Plague in India, 1896, 1897 - Volume 2
Year: 1896
Disease focus: Plague
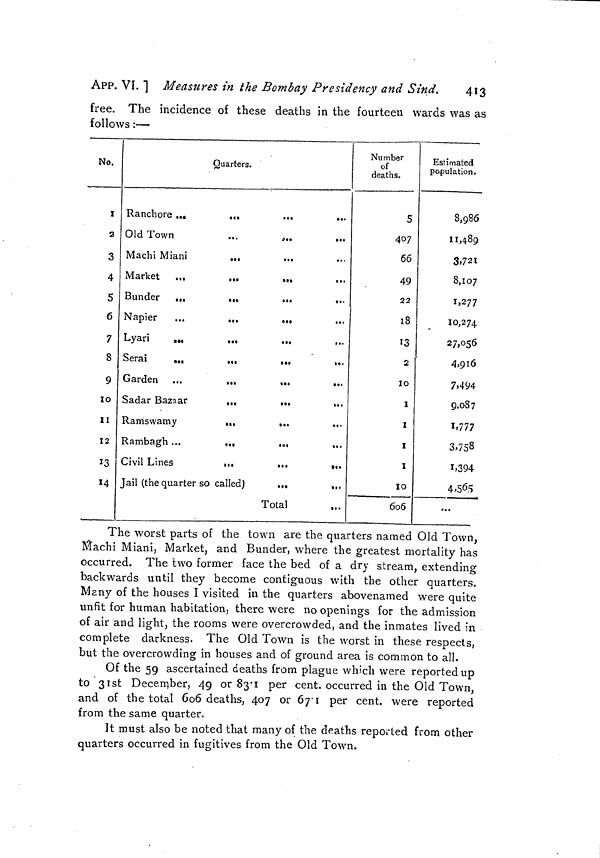
4î3
APP. VI. 1 Measures in the Bombay Presidency and Sind.
free. The incidence of these deaths in the fourteen wards was as
follows :—-
No.
1
2
3
4
5
6
7
8
9
10
11
12
13
14
Quarters.
Ranchore ...
...
...
...
Old Town
...
,.,
...
Machi Miani
,.,
...
...
Market
...
...
...
Bunder
,.,
...
•••
...
Napier
...
...
...
Lyari
...
Serai
...
...
...
...
Garden ...
...
...
...
Sadar Bazaar
...
...
...
Ramswamy
,.,
...
...
Rambagh ...
...
...
...
Civil Lines
i..
...
»,.
Jail (the quarter so called)
...
,.,
Total
Number
of
deaths.
5
407
66
49
22
18
13
2
10
1
I
I
I
10
606
Estimated
population.
8,986
11,489
3.721
8,107
1,277
10,274
27,056
4,916
7,494
9.087
1,777
3,758
1,394
4,565
...
The worst parts of the town are the quarters named Old Town,
Machi Miani, Market, and Bunder, where the greatest mortality has
occurred. The two former face the bed of a dry stream, extending
backwards until they become contiguous with the other quarters.
Many of the houses I visited in the quarters abovenamed were quite
unfit for human habitation, there were no openings for the admission
of air and light, the rooms were overcrowded, and the inmates lived in
complete darkness. The Old Town is the worst in these respects,
but the overcrowding in houses and of ground area is common to all.
Of the 59 ascertained deaths from plague which were reported up
to 31st December, 49 or 83'1 per cent, occurred in the Old Town,
and of the total 606 deaths, 407 or 67'1 per cent, were reported
from the same quarter.
It must also be noted that many of the deaths reported from other
quarters occurred in fugitives from the Old Town.